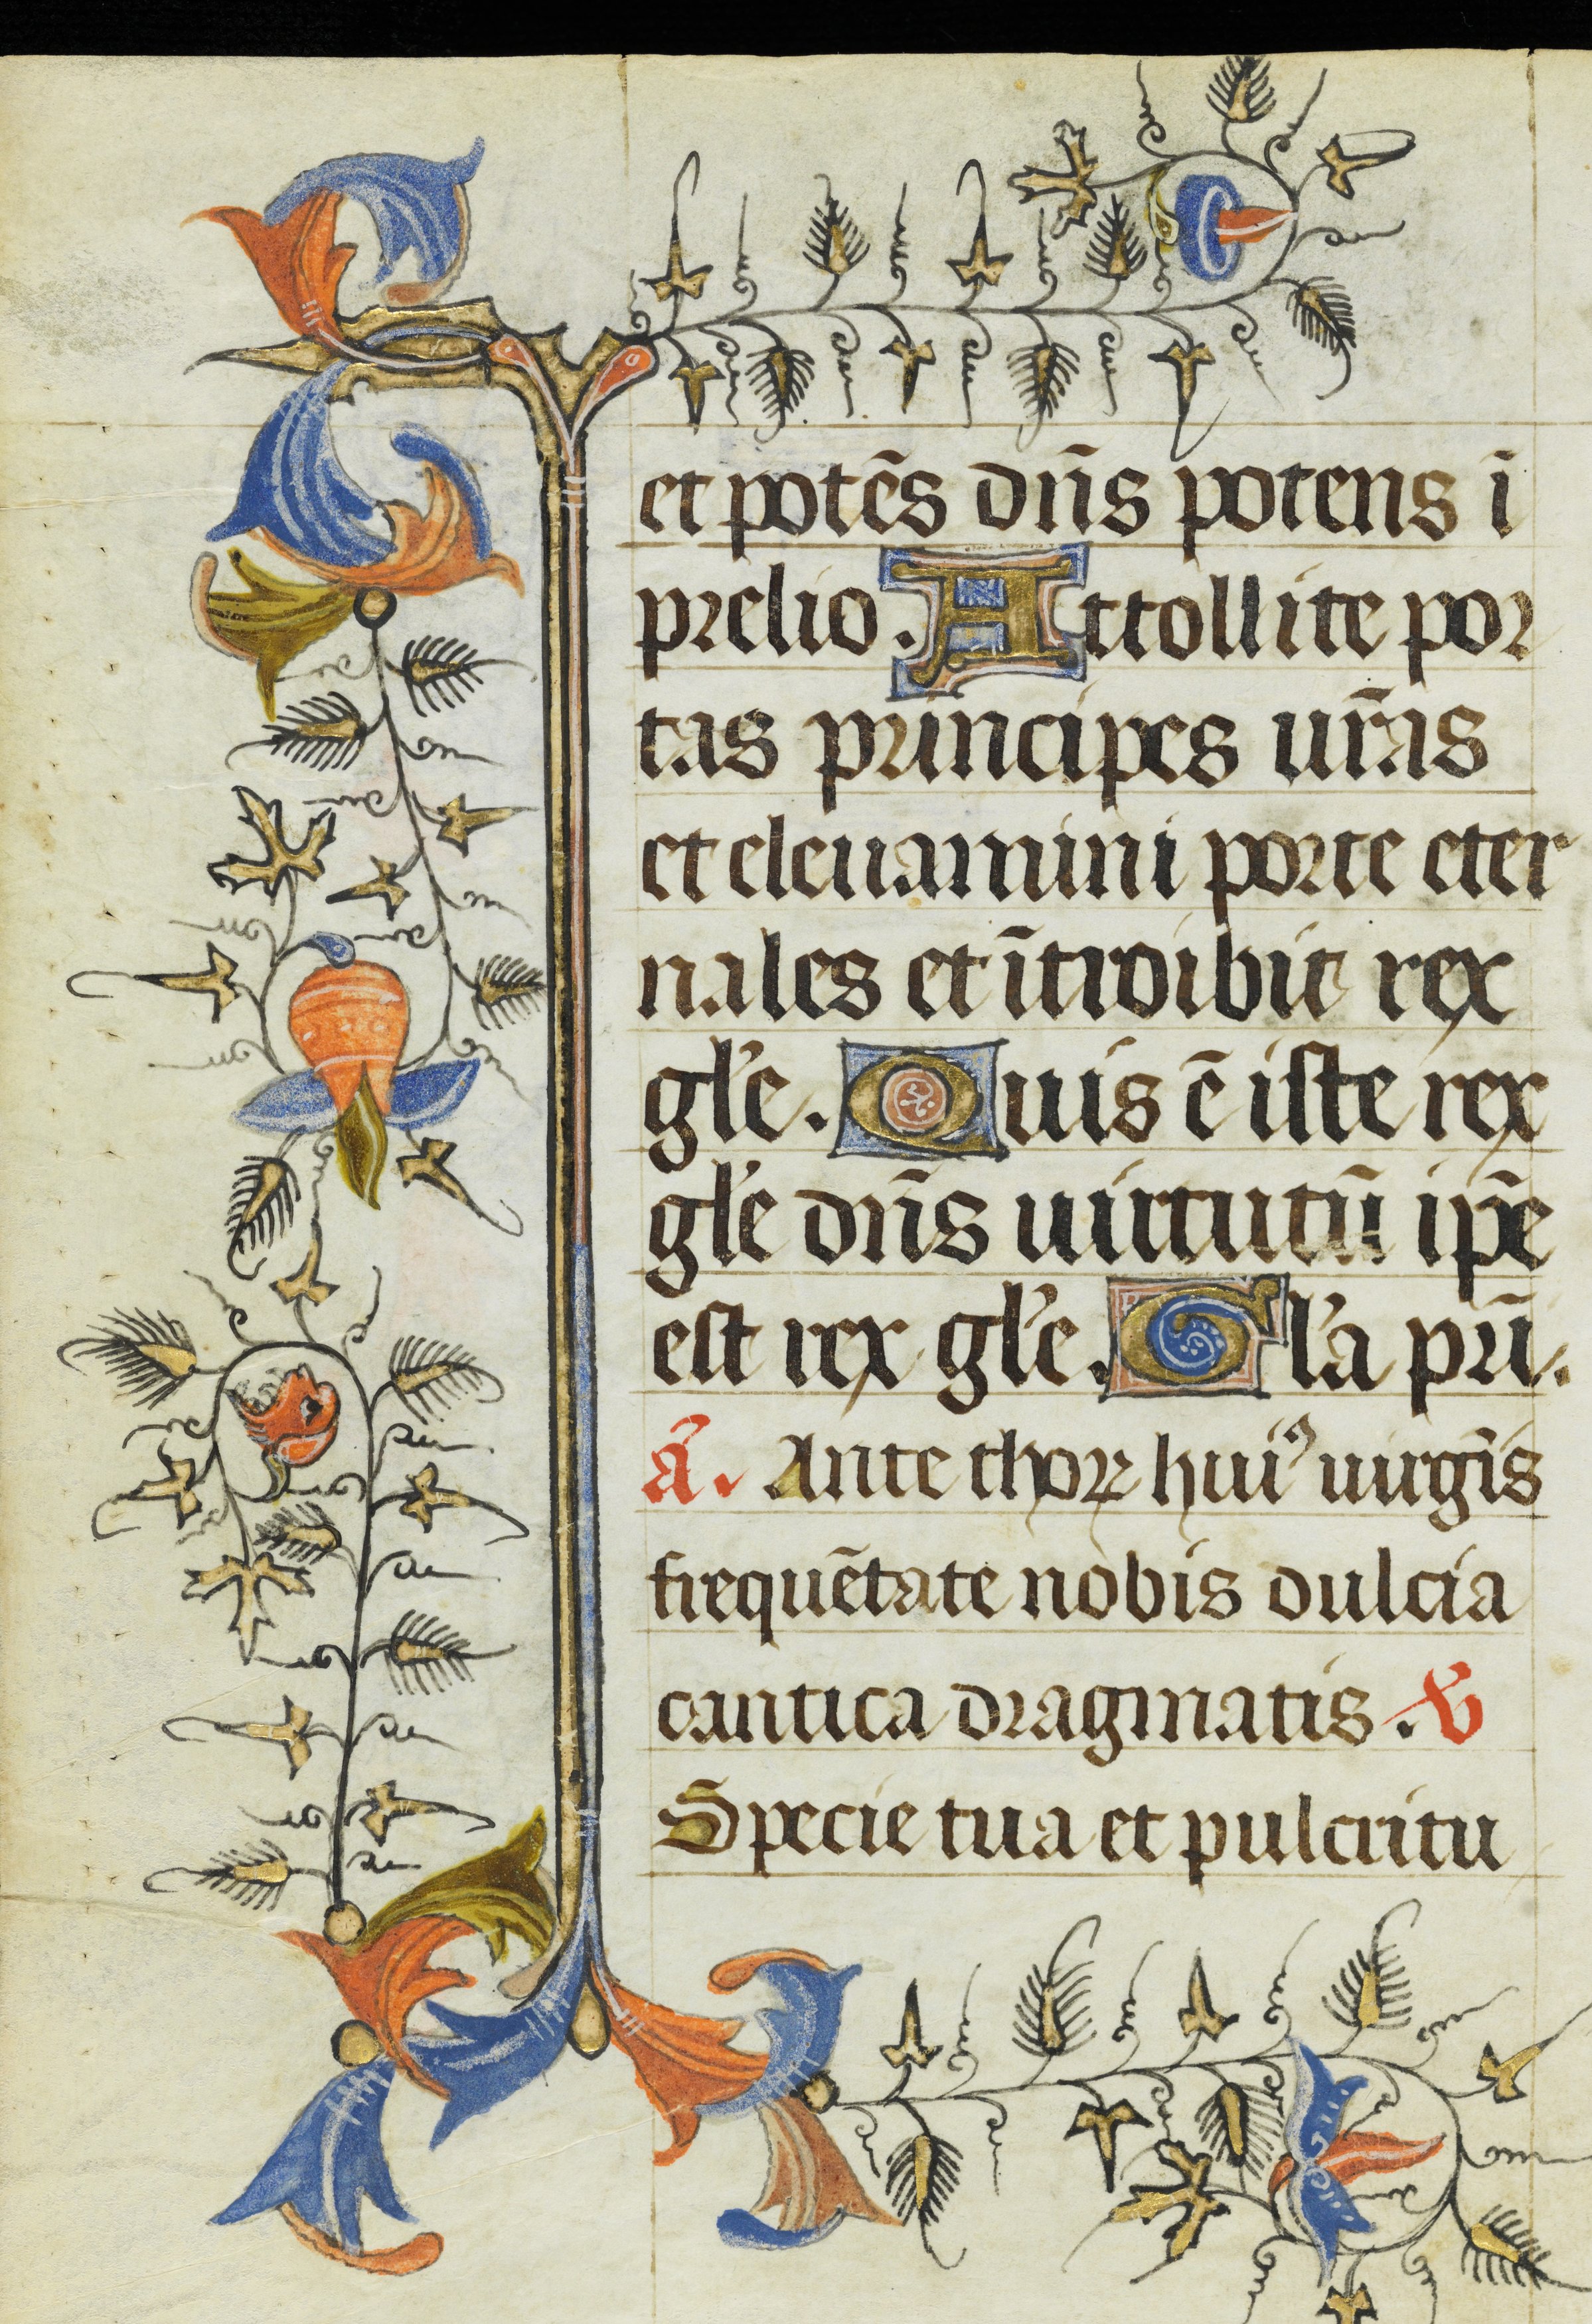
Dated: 1400–1449